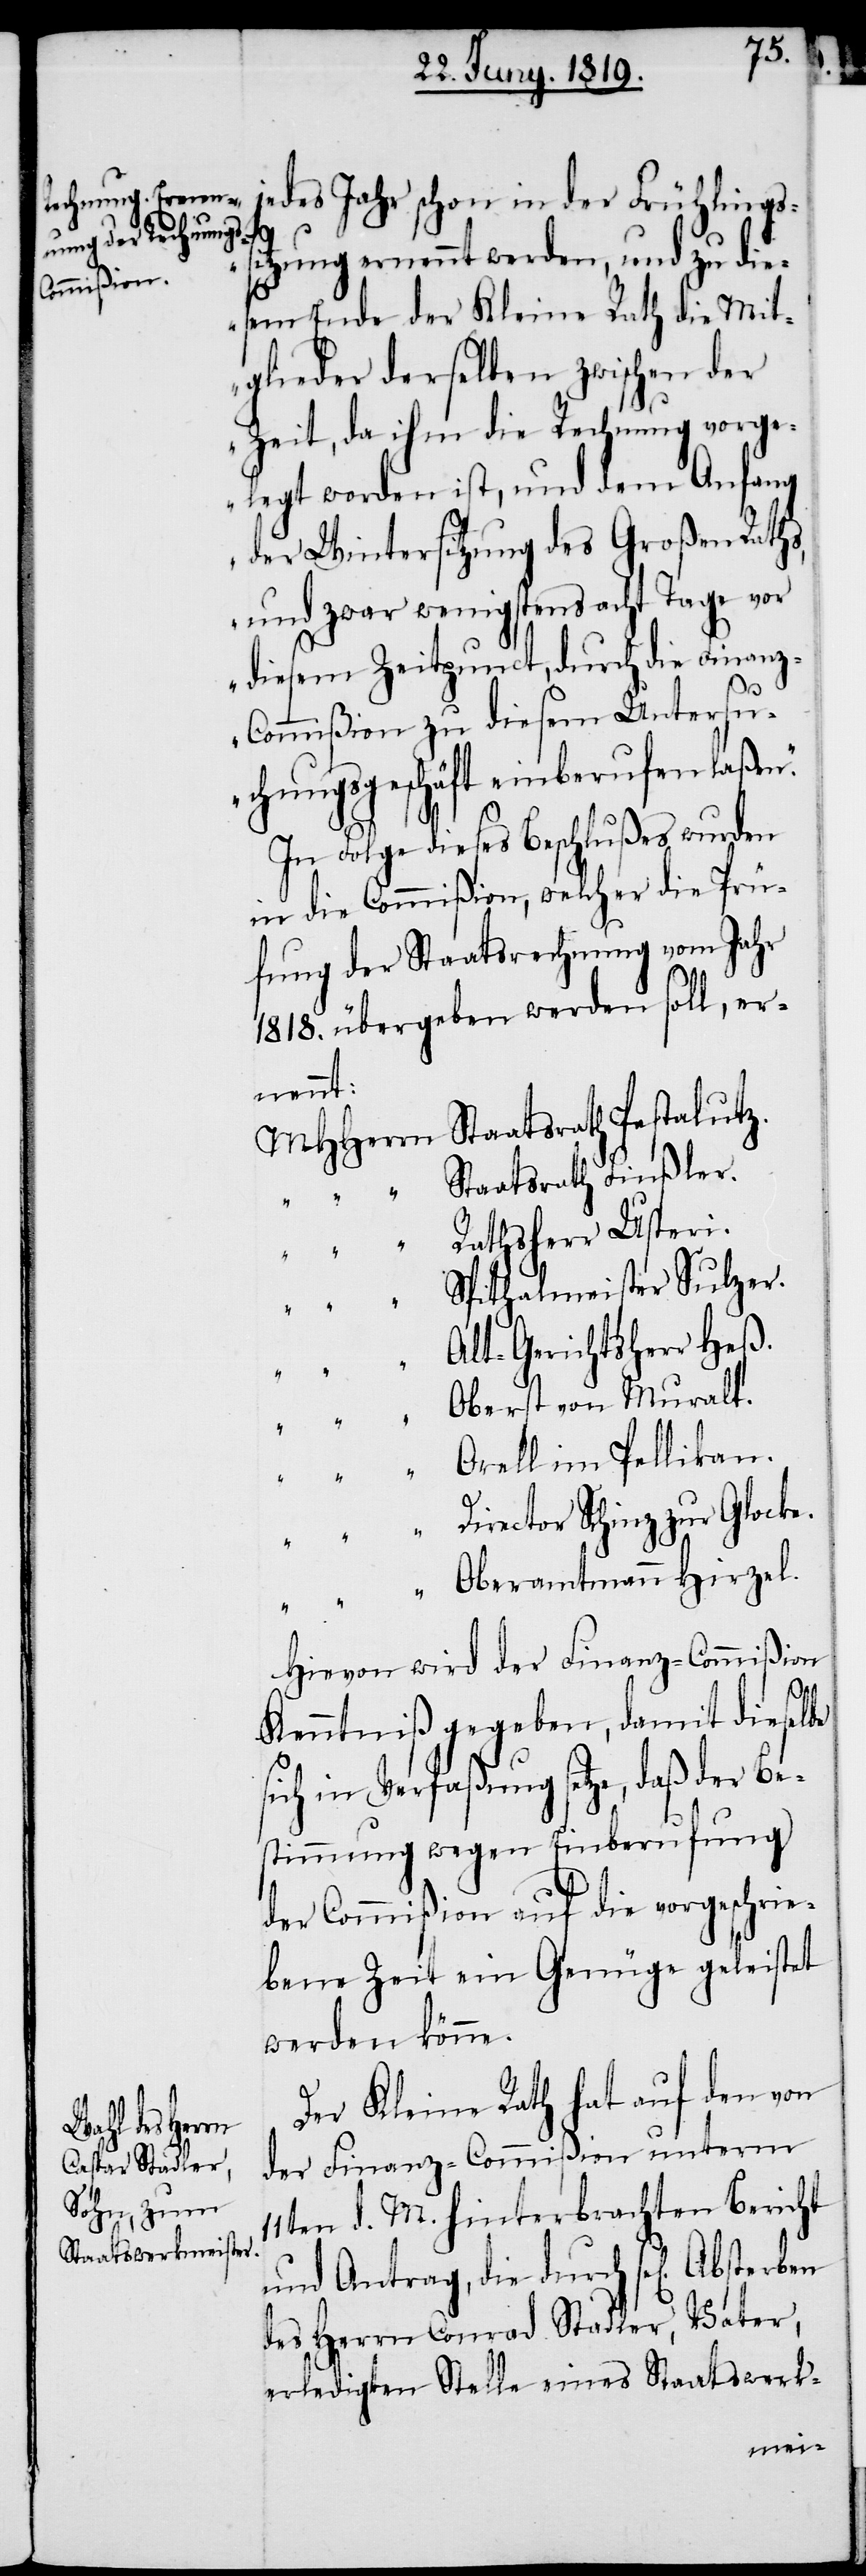
Jahr schon

in der Frühlingss¬
itzung ernennt werden, und zu die¬
n.“
sem Ende der Kleine Rath die Mit¬
glieder derselben zwischen der
Zeit, da ihm die Rechnung vorge¬
legt worden ist, und dem Anfang
der Wintersitzung des Großen Raths,
und zwar wenigstens acht Tage vor
diesem Zeitpunct, durch die Finan¬
z-Commißion zu diesem Untersu¬
chungsgeschäft einberufen laße¬
In Folge dieses Beschlußes wurden
in die Commißion, welcher die Prü¬
fung der Staatsrechnung vom Jahr
1818. übergeben werden soll, er¬
nennt:
MHHerrn	Staatsrath Pestalutz.
pithalmeister Sulzer.
lt-Gerichtsherr Heß.
berst von Muralt.
"		Orell im Pellikan.
"		Director Schinz zur Glocke.
Hievon wird der Finanz-Commißion
"		O¬
Kenntniß gegeben, damit dieselbe
sich in Verfaßung setze, daß der Be¬
stimmung wegen Einberufung
der Commißion auf die vorgeschrie¬
bene Zeit ein Genüge geleistet
werden könne.
Der Kleine Rath hat auf den von
der Finanz-Commißion unterm
11ten d. M. hinterbrachten Bericht
und Antrag, die durch sel[iges]
des Herrn Conrad Stadler, Vater,
erledigten Stelle eines Staatswerk-